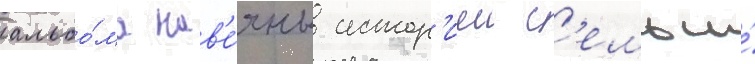
альбо́ма нав'е́яны истор'иеи с'емьи́